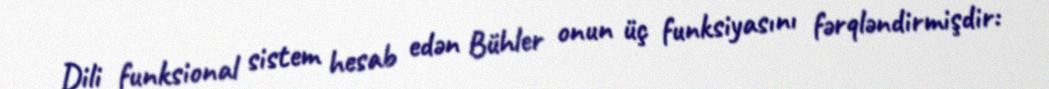
Dili funksional sistem hesab edən Bühler onun üç funksiyasını fərqləndirmişdir: